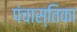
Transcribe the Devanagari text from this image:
पंचास्तिका